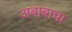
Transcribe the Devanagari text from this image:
अबाबाचा